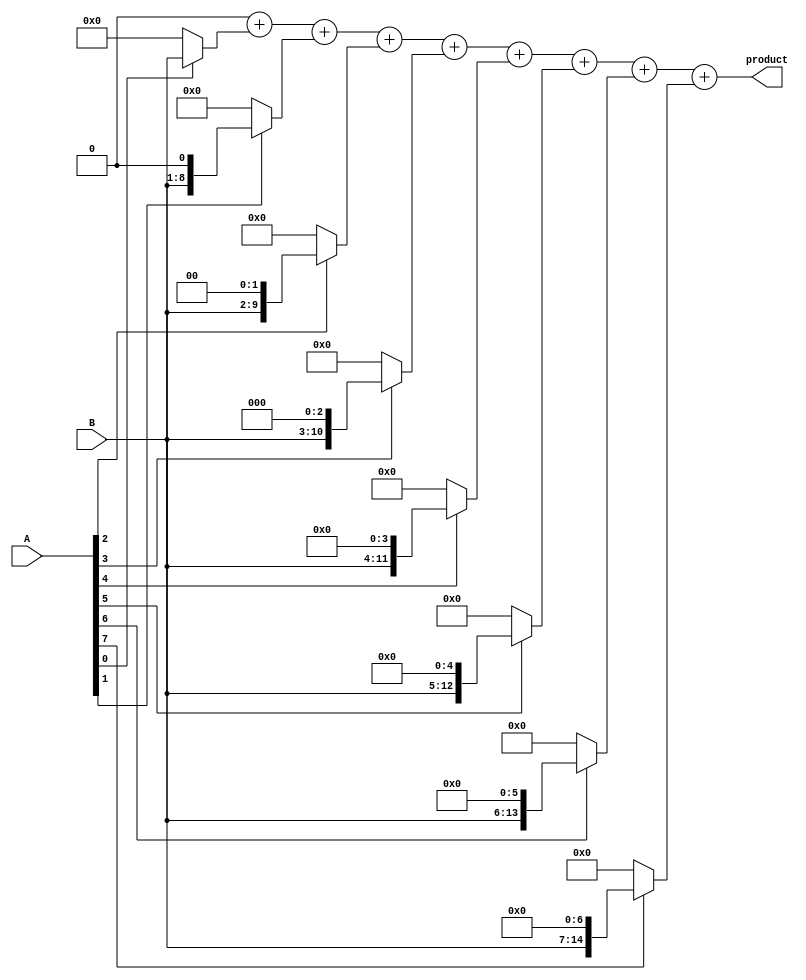
module russian_peasant_unsigned_multiplier_8(product, A, B);
    input [7:0] A, B;
    output [15:0] product;

    integer i;
    reg [15:0] product, temp, B_mod;

    always @ (*) begin
        product = 0;
        B_mod = B;
        for(i=0; i<8; i=i+1) begin
          temp = A[i] ? B_mod : 4'b00000000;
          B_mod = B_mod << 1;
          product = product + temp;
        end
    end
endmodule